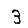
Digit: 3